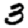
Digit: 3